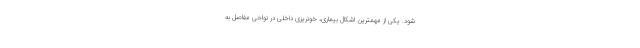
شود. یکی از مهمترین اشکال بیماری، خونریزی داخلی در نواحی مفاصل به